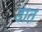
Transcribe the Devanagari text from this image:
डात